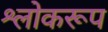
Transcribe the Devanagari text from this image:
श्लोकरूप